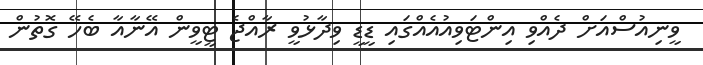
ވީނިއުސްއަށް ދެއްވި އިންޓަވިއުއެއްގައި ޑީޑީ ވިދާޅުވީ ރާއްޖެ ޓީވީން އޭނާއާ ބެހޭ ގޮތުން